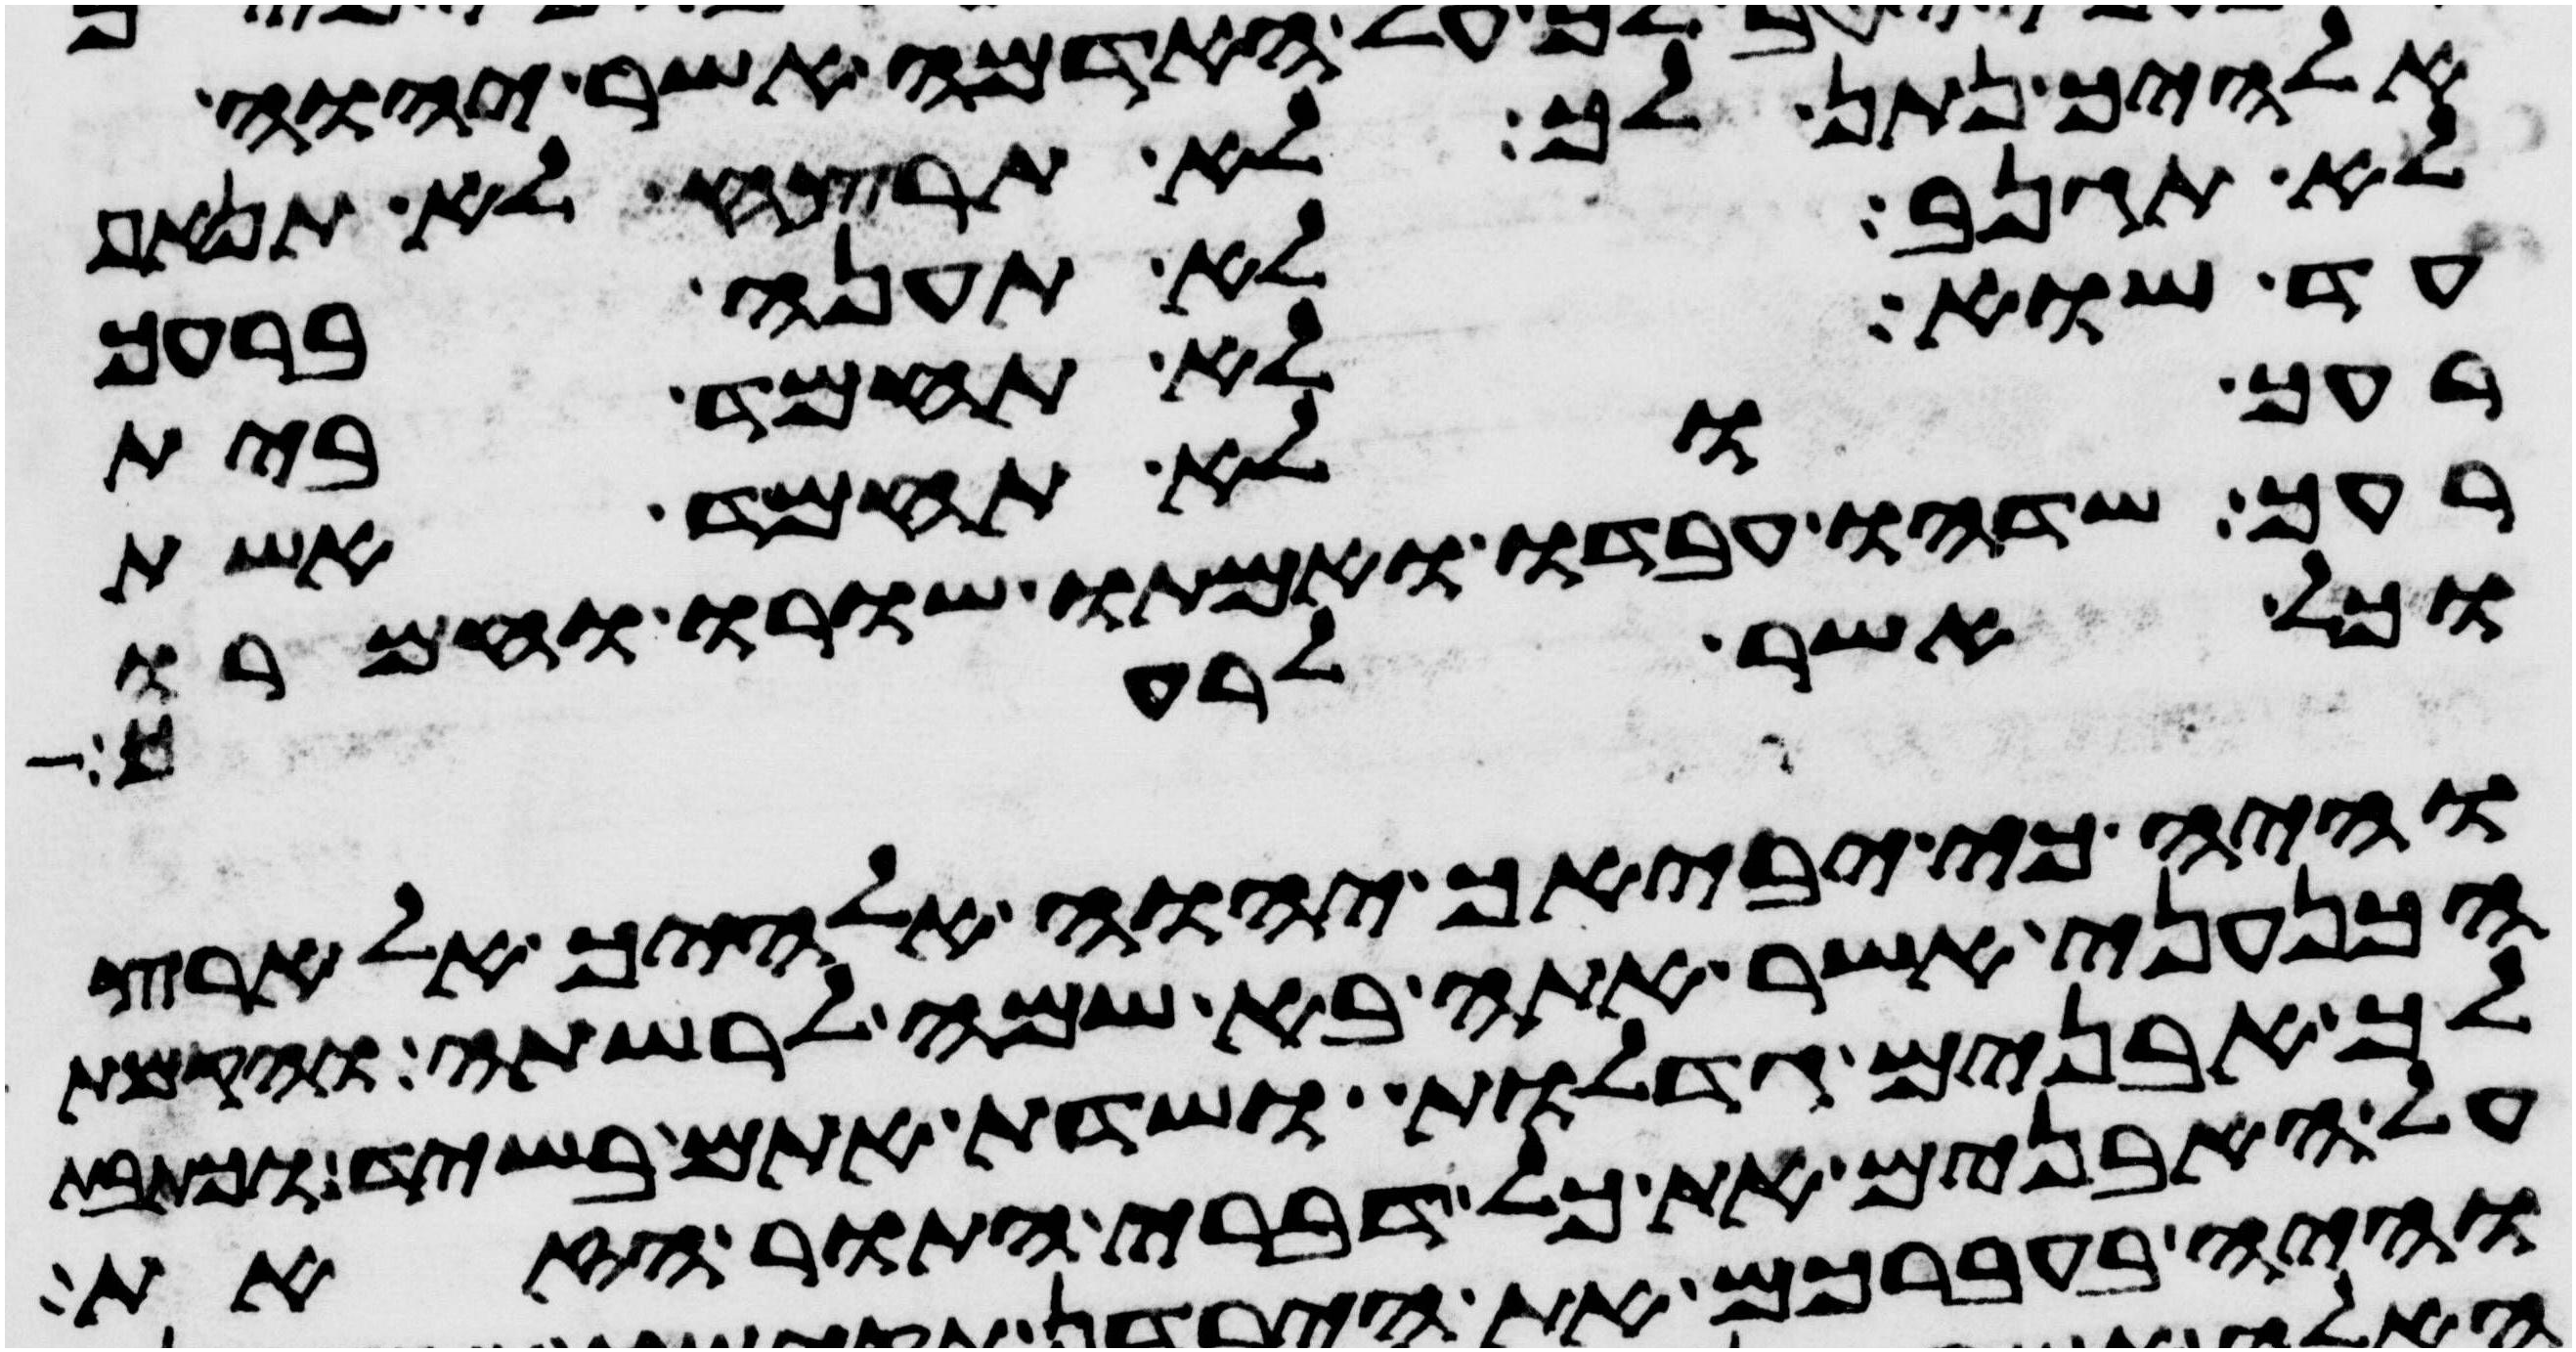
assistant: אלהיך נתן לך לא תרצח לא תנאף
לא תגנב לא תענה ברעך
עד שוא לא תחמד בית
רעך ולא תחמד אשת
רעך שדהו עבדו ואמתו שורו וחמרו
וכל אשר לרעך
והיה כי יביאך יהוה אלהיך אל ארץ
הכנעני אשר אתה בא שמה לרשתה והקמת
לך אבנים גדלות ושדת אתם בשיד וכתבת
על האבנים את כל דברי התורה הזאת